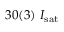
3 0 ( 3 ) ~ I _ { \mathrm { s a t } }